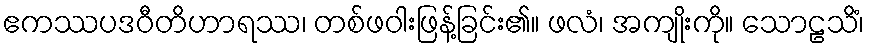
ဧကဿပဒဝီတိဟာရဿ၊ တစ်ဖဝါးဖြန့်ခြင်း၏။ ဖလံ၊ အကျိုးကို။ သောဠသိံ၊